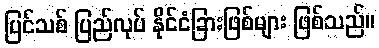
ပြင်သစ် ပြည်လုပ် နိုင်ငံခြားဖြစ်များ ဖြစ်သည်။